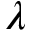
\lambda